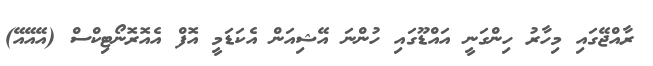
ރާއްޖޭގައި މިހާރު ހިންގަނީ އައްޑޫގައި ހުންނަ އޭޝިއަން އެކަޑަމީ އޮފް އެއޮރޮނޯޓިކްސް (އޭއޭއޭ)